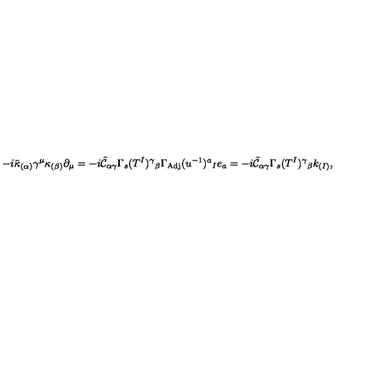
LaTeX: - i \bar { \kappa } _ { ( \alpha ) } \gamma ^ { \mu } \kappa _ { ( \beta ) } \partial _ { \mu } = - i \tilde { \mathcal { C } } _ { \alpha \gamma } \Gamma _ { s } ( T ^ { I } ) ^ { \gamma } { } _ { \beta } \Gamma _ { \mathrm { A d j } } ( u ^ { - 1 } ) ^ { a } { } _ { I } e _ { a } = - i \tilde { \mathcal { C } } _ { \alpha \gamma } \Gamma _ { s } ( T ^ { I } ) ^ { \gamma } { } _ { \beta } k _ { ( I ) } ,